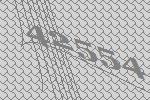
42554